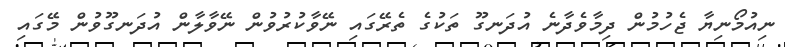
ނިއުމޯނިޔާ ޖެހުމުން ދިމާވެދާނެ އުދަނގޫ ތަކުގެ ތެރޭގައި ނޭވާކުރުވުން ނޭވާލާން އުދަނގޫވުން މޭގައި